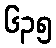
၆၃၅